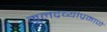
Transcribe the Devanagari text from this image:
मूलद्रव्यांप्रमाणे